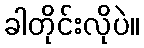
ခါတိုင်းလိုပဲ။